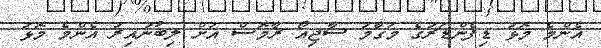
އެންމެ މޮޅު ޑިފެންޑަރުގެ މަގާމު ސާޖިއޯ ރާމޮސް އަށް ލިބުނުއިރު އެންމެ މޮޅު